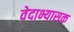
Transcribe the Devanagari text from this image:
वेदाभ्यासक